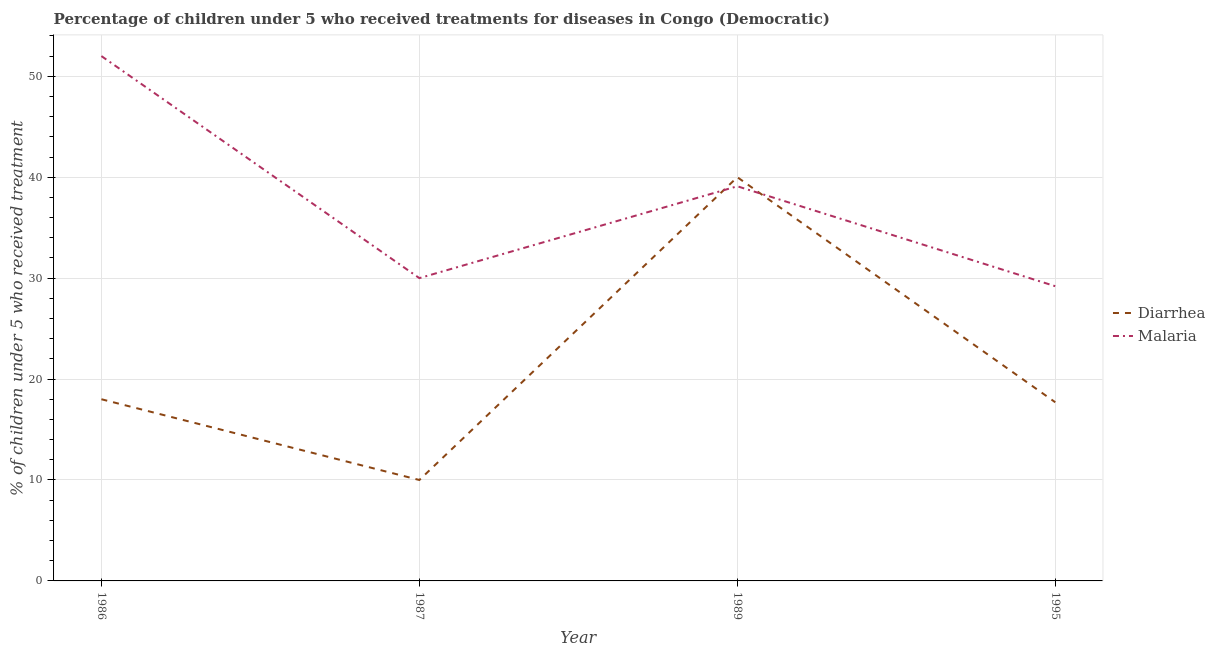
| Year | Diarrhea | Malaria |
 | --- | --- | --- |
 | 1986 | 18 | 52 |
 | 1987 | 10 | 30 |
 | 1989 | 40 | 39.1 |
 | 1995 | 17.7 | 29.2 |